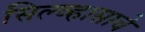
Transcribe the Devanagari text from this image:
सिल्व्हासाचे